Document type: Emphyteutic lease
Year: 1274
Scribe: Pere Marquès
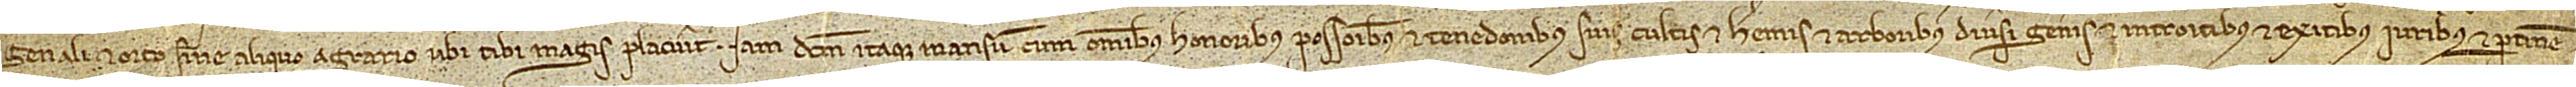
genali et orto, sine aliquo agrario ubi tibi magis placuerit. Iamdictum itaque mansum, cum omnibus honoribus, possessionibus et tenedonibus suis, cultis et heremis, et arboribus diversi generis, et introitibus et exitibus, iuribus et pertinen-